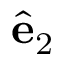
\ensuremath { \hat { \mathbf { e } } } _ { 2 }